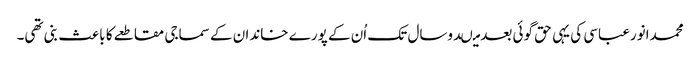
محمدانورعباسی کی یہی حق گوئی بعد میںدوسال تک اُن کے پورے خاندان کے سماجی مقاطعے کا باعث بنی تھی۔